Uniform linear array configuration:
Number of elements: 16
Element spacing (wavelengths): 1
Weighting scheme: cosine
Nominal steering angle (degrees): -15
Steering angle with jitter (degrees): -15.591
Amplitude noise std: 0.05
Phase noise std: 0.05

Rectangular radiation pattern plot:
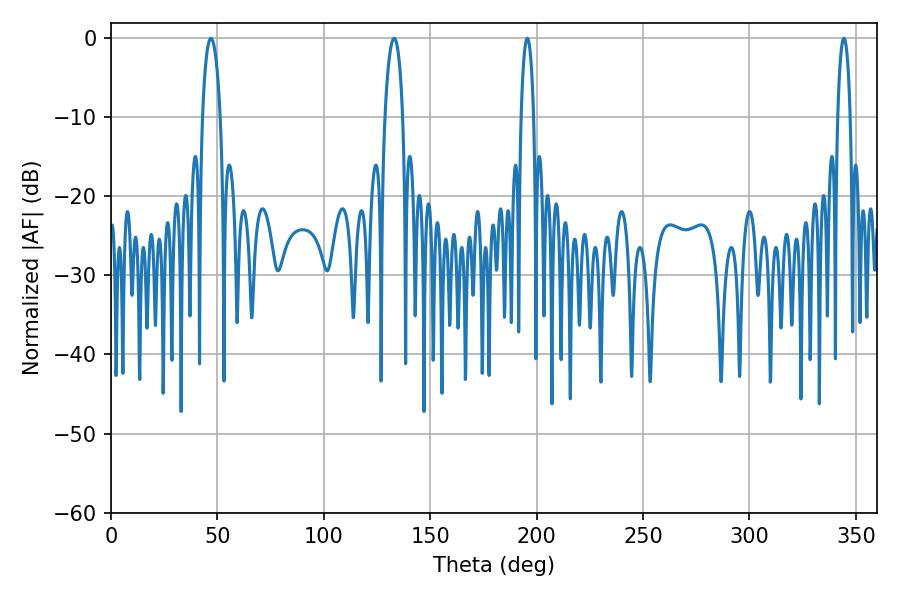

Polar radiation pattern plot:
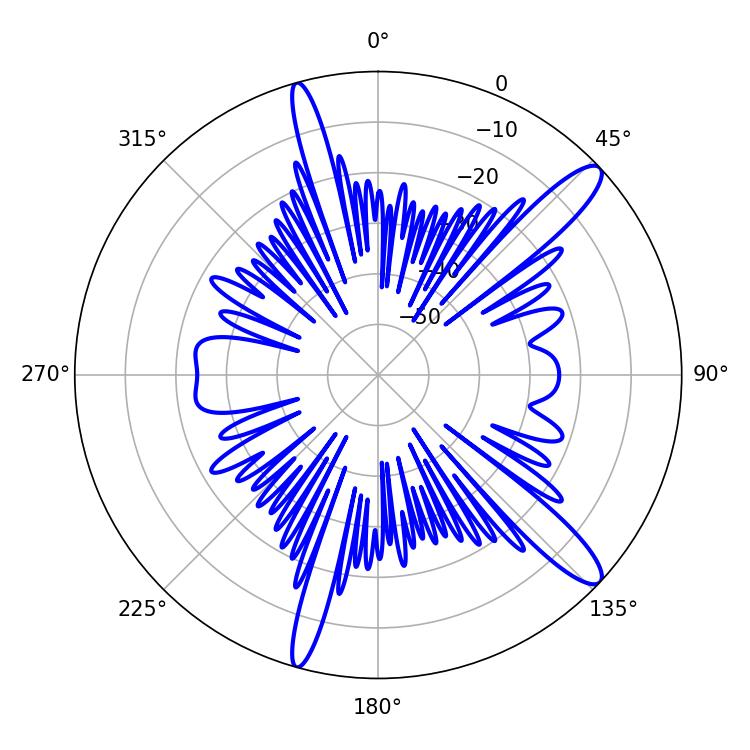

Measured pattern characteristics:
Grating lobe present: TRUE
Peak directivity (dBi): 13.103
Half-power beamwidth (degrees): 4.68
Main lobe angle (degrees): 133.02